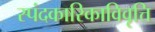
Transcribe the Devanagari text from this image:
स्पंदकारिकाविवृत्ति